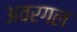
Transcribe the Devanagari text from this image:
अवरगल